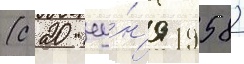
(с 20 иу́н'я 1958)